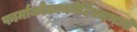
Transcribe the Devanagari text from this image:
फार्माकोकायनेटिक्समध्ये